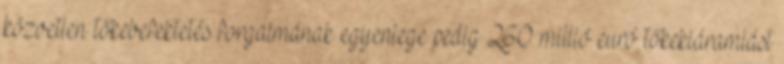
közvetlen tőkebefektetés forgalmának egyenlege pedig 260 millió euró tőkekiáramlást